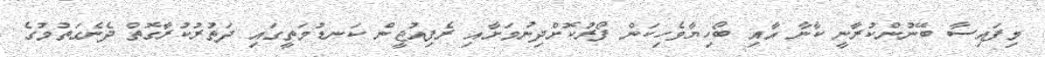
މިފައިސާ ބޭނުންކުރާނީ ކާނާ އާއި ބޯހިޔާވެހިކަން ފޯރުކޮށްދިނުމަށާއި ރެފިއުޖީން ކަނޑުމަތީގައި ދަތުރުކުރާގޮތް ދެނެގަތުމުގެ